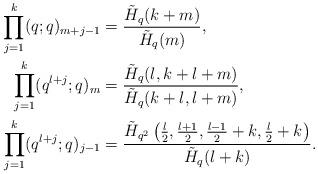
LaTeX: \begin{align*}\prod_{j=1}^k(q;q)_{m+j-1}&=\frac{\tilde H_q(k+m)}{\tilde H_q(m)},\\\prod_{j=1}^k(q^{l+j};q)_{m}&=\frac{\tilde H_q(l,k+l+m)}{\tilde H_q(k+l,l+m)},\\\prod_{j=1}^k(q^{l+j};q)_{j-1}&=\frac{ \tilde H_{q^2}\left(\frac l2,\frac{l+1}2,\frac{l-1}{2}+k,\frac{l}{2}+k\right)}{\tilde H_q(l+k)}.\end{align*}